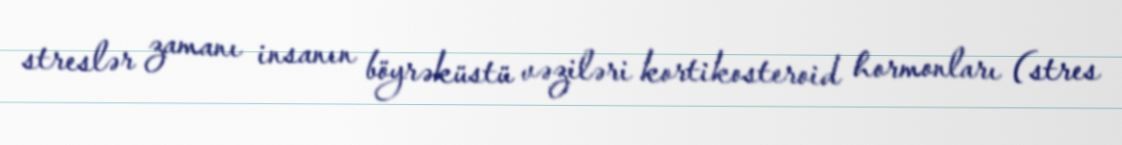
streslər zamanı insanın böyrəküstü vəziləri kortikosteroid hormonları (stres